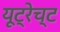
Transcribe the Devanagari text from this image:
यूट्रेच्ट